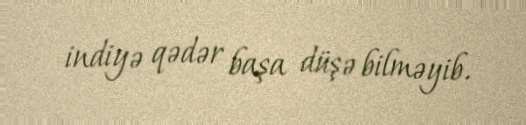
indiyə qədər başa düşə bilməyib.